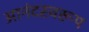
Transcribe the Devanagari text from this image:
आनंदस्वरूप